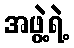
အဖွဲ့ရဲ့